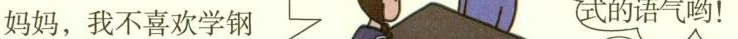
妈妈，我不喜欢学钢 式的语气呦！